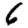
Digit: 6